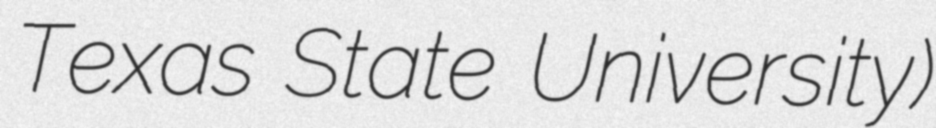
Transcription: Texas State University)